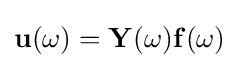
\mathbf {u} (\omega )=\mathbf {Y} (\omega )\mathbf {f} (\omega )